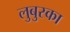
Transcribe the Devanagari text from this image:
लुबुस्का